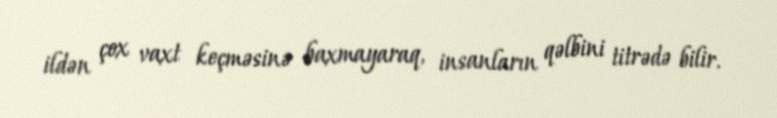
ildən çox vaxt keçməsinə baxmayaraq, insanların qəlbini titrədə bilir.